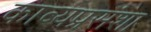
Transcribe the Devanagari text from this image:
काव्यप्रसंशा